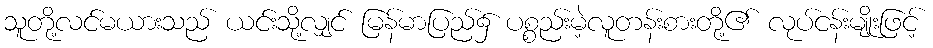
သူတို့လင်မယားသည် ယင်းသို့လျှင် မြန်မာပြည်၌ ပစ္စည်းမဲ့လူတန်းစားတို့၏ လုပ်ငန်းမျိုးဖြင့်